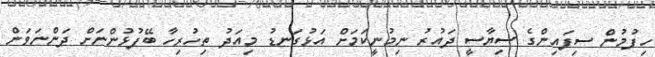
ހިފުމުން ސިފައިންގެ ސިޔާސީ ދައުރު ނިމުނީކަމަށް އަޅުގަނޑު މިއަދު ތިހުރިހާ ބޭފުޅުންނަށް ދަންނަވަން